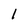
Character: l